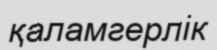
қаламгерлік